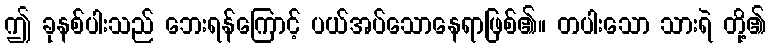
ဤ ခုနစ်ပါးသည် ဘေးရန်ကြောင့် ပယ်အပ်သောနေရာဖြစ်၏။ တပါးသော သားရဲ တို့၏